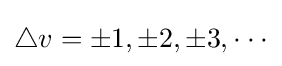
\bigtriangleup v=\pm 1,\pm 2,\pm 3,\cdot \cdot \cdot